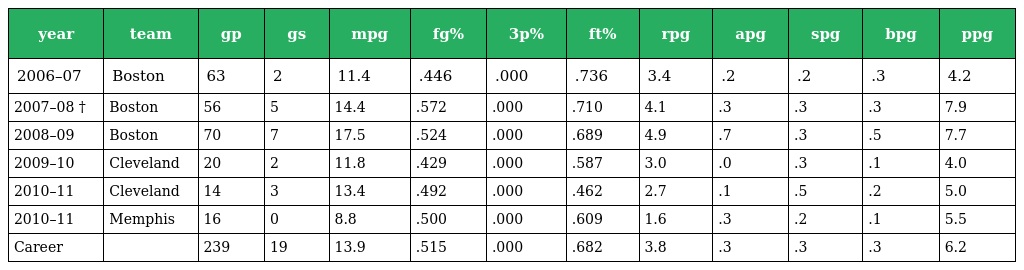
| year | team | gp | gs | mpg | fg% | 3p% | ft% | rpg | apg | spg | bpg | ppg |
 | --- | --- | --- | --- | --- | --- | --- | --- | --- | --- | --- | --- | --- |
 | 2006–07 | Boston | 63 | 2 | 11.4 | .446 | .000 | .736 | 3.4 | .2 | .2 | .3 | 4.2 |
 | 2007–08 † | Boston | 56 | 5 | 14.4 | .572 | .000 | .710 | 4.1 | .3 | .3 | .3 | 7.9 |
 | 2008–09 | Boston | 70 | 7 | 17.5 | .524 | .000 | .689 | 4.9 | .7 | .3 | .5 | 7.7 |
 | 2009–10 | Cleveland | 20 | 2 | 11.8 | .429 | .000 | .587 | 3.0 | .0 | .3 | .1 | 4.0 |
 | 2010–11 | Cleveland | 14 | 3 | 13.4 | .492 | .000 | .462 | 2.7 | .1 | .5 | .2 | 5.0 |
 | 2010–11 | Memphis | 16 | 0 | 8.8 | .500 | .000 | .609 | 1.6 | .3 | .2 | .1 | 5.5 |
 | Career |  | 239 | 19 | 13.9 | .515 | .000 | .682 | 3.8 | .3 | .3 | .3 | 6.2 |